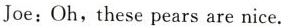
Joe:Oh,these pears are nice.